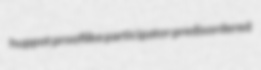
huppot prooflike participator predisordered